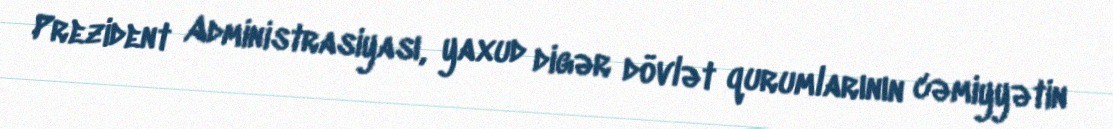
Prezident Administrasiyası, yaxud digər dövlət qurumlarının cəmiyyətin